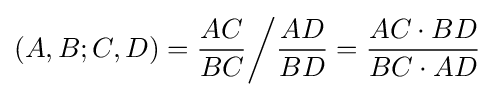
(A,B;C,D)={\frac {AC}{BC}}{\bigg /}{\frac {AD}{BD}}={\frac {AC\cdot BD}{BC\cdot AD}}